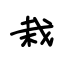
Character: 栽